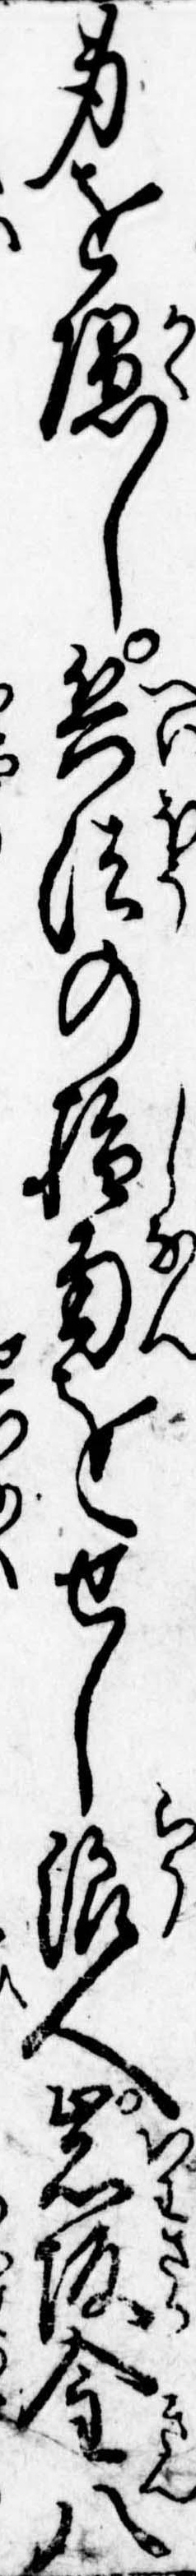
身を隠し兵法の指南をせし浪人岩坂金八